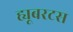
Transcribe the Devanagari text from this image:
ह्यूबरटस